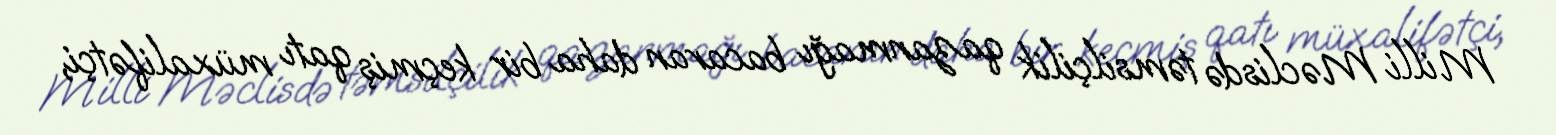
Milli Məclisdə təmsilçilik qazanmağı bacaran daha bir keçmiş qatı müxalifətçi,